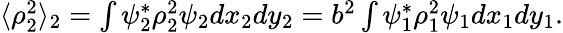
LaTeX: \begin{array}{r}{\langle\rho_{2}^{2}\rangle_{2}=\int\psi_{2}^{*}\rho_{2}^{2}\psi_{2}dx_{2}dy_{2}=b^{2}\int\psi_{1}^{*}\rho_{1}^{2}\psi_{1}dx_{1}dy_{1}.}\end{array}